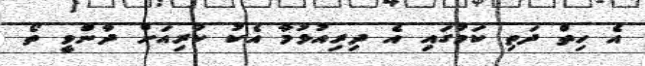
އެ ހިތް ދަތި ކަމުގައި އެ ދިރިއުޅުމާ އެކު ކުރިއަށް ދާންވީ ތޯ